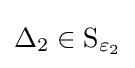
\Delta _{2}\in \operatorname {S_{\varepsilon _{2}}}